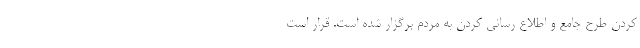
کردن طرح جامع و اطلاع رسانی کردن به مردم برگزار شده است. قرار است